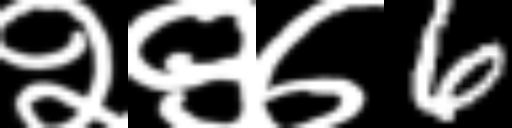
Text: २९७6